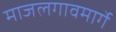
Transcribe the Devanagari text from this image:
माजलगावमार्गे